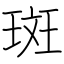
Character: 斑